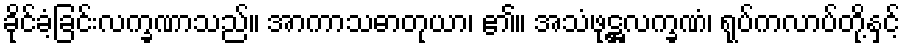
ခိုင်ခံ့ခြင်းလက္ခဏာသည်။ အာကာသဓာတုယာ၊ ၏။ အသံဖုဋ္ဌလက္ခဏံ၊ ရုပ်ကလာပ်တို့နှင့်